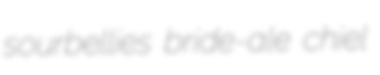
sourbellies bride-ale chiel